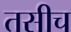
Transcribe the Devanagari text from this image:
तसीच